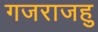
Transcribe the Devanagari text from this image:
गजराजहु